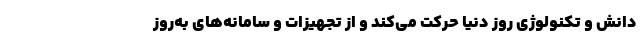
دانش و تکنولوژی روز دنیا حرکت می‌کند و از تجهیزات و سامانه‌های به‌روز